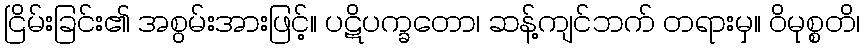
ငြိမ်းခြင်း၏ အစွမ်းအားဖြင့်။ ပဋိပက္ခတော၊ ဆန့်ကျင်ဘက် တရားမှ။ ဝိမုစ္စတိ၊